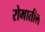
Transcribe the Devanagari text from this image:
रोमातील